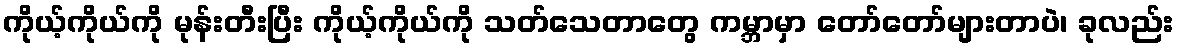
ကိုယ့်ကိုယ်ကို မုန်းတီးပြီး ကိုယ့်ကိုယ်ကို သတ်သေတာတွေ ကမ္ဘာမှာ တော်တော်များတာပဲ၊ ခုလည်း